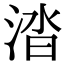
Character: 涾